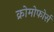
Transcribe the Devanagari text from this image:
क्रोमोफोर्स